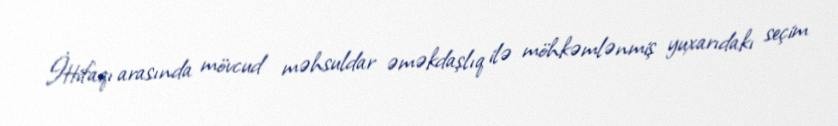
İttifaqı arasında mövcud məhsuldar əməkdaşlıq ilə möhkəmlənmiş yuxarıdakı seçim